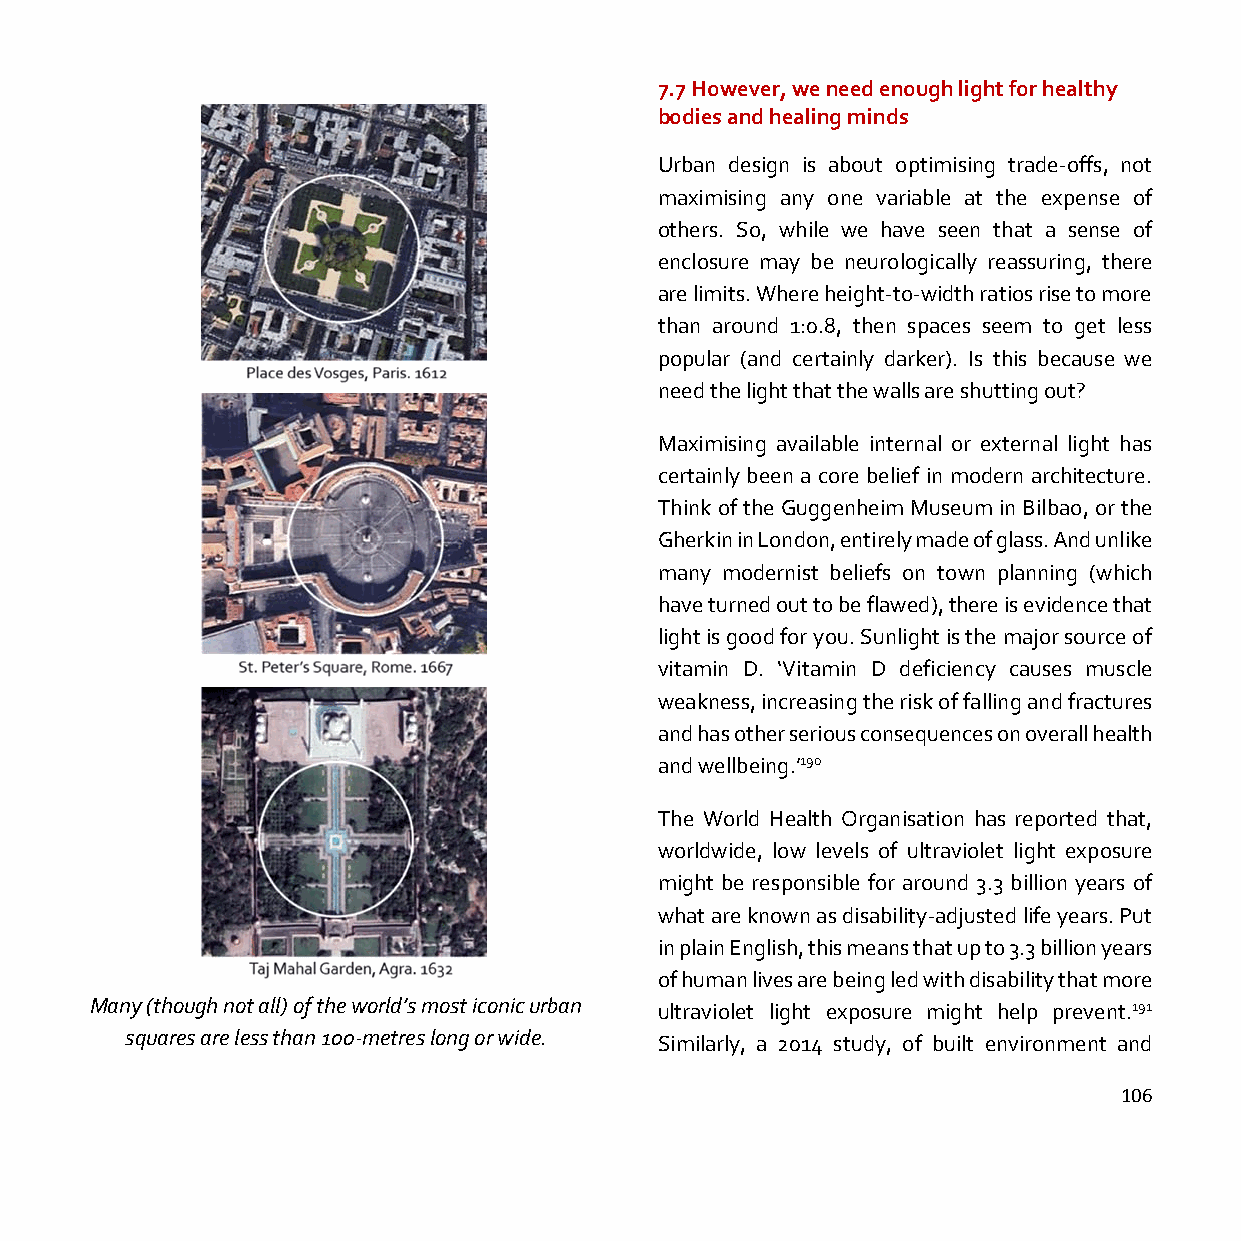
7.7 However, we need enough light for healthy
 bodies and healing minds
 Urban design is about optimising trade-offs, not
 maximising any one variable at the expense of
 others. So, while we have seen that a sense of
 enclosure may be neurologically reassuring, there
 are limits. Where height-to-width ratios rise to more
 than around 1:0.8, then spaces seem to get less
 popular (and certainly darker). Is this because we
 need the light that the walls are shutting out?
 Maximising available internal or external light has
 certainly been a core belief in modern architecture.
 Think of the Guggenheim Museum in Bilbao, or the
 Gherkin in London, entirely made of glass. And unlike
 many modernist beliefs on town planning (which
 have turned out to be flawed), there is evidence that
 light is good for you. Sunlight is the major source of
 vitamin D. ‘Vitamin D deficiency causes muscle
 weakness, increasing the risk of falling and fractures
 and has other serious consequences on overall health
 and wellbeing.’190
 The World Health Organisation has reported that,
 worldwide, low levels of ultraviolet light exposure
 might be responsible for around 3.3 billion years of
 what are known as disability-adjusted life years. Put
 in plain English, this means that up to 3.3 billion years
 of human lives are being led with disability that more
 Many (though not all) of the world’s most iconic urban ultraviolet light exposure might help prevent.191
 squares are less than 100-metres long or wide.
 Similarly, a 2014 study, of built environment and
 106